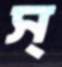
স্